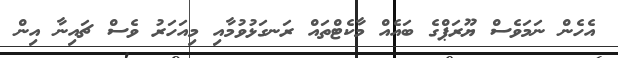
އެހެން ނަމަވެސް ޔޫރަޕްގެ ބައެއް މާކެޓްތައް ރަނގަޅުވުމާއި މިއަހަރު ވެސް ޗައިނާ އިން